Lunatic asylums in Bengal annual reports 1888-1898 - 1888-1898
Year: 1888
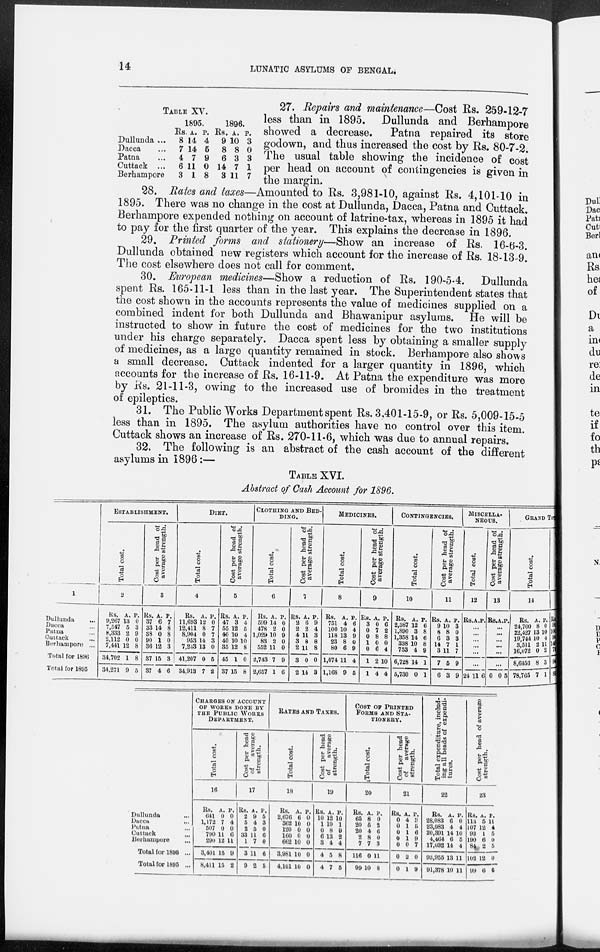
14
LUNATIC ASYLUMS OF BENGAL.
TABLE XV.
Dullunda ...
Dacca ...
Patna ...
Cuttack ...
Berhampore
1895.
Rs.
8
7
4
6
3
A.
14
14
7
11
1
P.
4
5
9
0
8
1896.
Rs.
9
8
6
14
3
A.
10
8
3
7
11
P.
3
0
3
1
7
27. Repairs and maintenance—Cost Rs. 259-12-7
less than in 1895. Dullunda and Berhampore
showed a decrease.
Patna repaired its store
godown, and thus increased the cost by Rs. 80-7-2.
The usual table showing the incidence of cost
per head on account of contingencies is given in
the margin.
28. Rates and taxes—Amounted to Rs. 3,981-10, against Rs. 4,101-10 in
1895. There was no change in the cost at Dullunda, Dacca, Patna and Cuttack.
Berhampore expended nothing on account of latrine-tax, whereas in 1895 it had
to pay for the first quarter of the year. This explains the decrease in 1896.
29. Printed forms and stationery —Show an increase of Rs. 16-6-3.
Dullunda obtained new registers which account for the increase of Rs. 18-13-9.
The cost elsewhere does not call for comment.
30. European medicines—Show a reduction of Rs. 190-5-4. Dullunda
spent Rs. 165-11-1 less than in the last year. The Superintendent states that
the cost shown in the accounts represents the value of medicines supplied on a
combined indent for both Dullunda and Bhawanipur asylums. He will be
instructed to show in future the cost of medicines for the two institutions
under his charge separately. Dacca spent less by obtaining a smaller supply
of medicines, as a large quantity remained in stock. Berhampore also shows
a small decrease. Cuttack indented for a larger quantity in 1896, which
accounts for the increase of Rs. 16-11-9. At Patna the expenditure was more
by Rs. 21-11-3, owing to the increased use of bromides in the treatment
of epileptics.
31. The Public Works Department spent Rs. 3,401-15-9, or Rs. 5,009-15-5
less than in 1895. The asylum authorities have no control over this item.
Cuttack shows an increase of Rs. 270-11-6, which was due to annual repairs.
32. The following is an abstract of the cash account of the different
asylums in 1896:—
TABLE XVI.
Abstract of Cash Account for 1896.
1
Dullunda
...
Dacca ...
Patna ...
Cuttack ...
Berharmpore ...
Total for 1896
Total for 1895
ESTABLISHMENT.
Total cost.
2
Rs.
9,267
7,547
8,333
2,112
7,441
34,702
34,271
A.
13
5
2
0
12
1
9
P.
0
3
9
0
8
8
5
Cost per head of
average strength.
3
Rs.
37
33
38
90
36
37
37
A.
6
14
0
1
12
15
4
P.
7
8
8
0
3
3
6
DIET.
Total cost.
4
Rs.
11,693
12,411
8,904
953
7,243
41,207
34,913
A.
12
8
0
14
13
0
7
P.
0
7
7
3
0
5
2
Cost per head of
average strength.
5
Rs.
47
55
40
40
35
45
37
A.
3
12
10
10
12
1
15
P.
4
5
4
10
8
0
8
CLOTHING AND BED-
----.
Total cost.
6
Rs.
599
478
1,029
83
552
2,743
2,657
A.
14
2
10
2
11
7
1
P.
0
0
9
0
0
9
6
Cost per head of
average strength.
7
Rs.
2
2
4
3
2
3
2
A.
6
2
11
8
11
0
14
P.
9
4
3
8
8
0
3
MEDICINES.
Total cost.
8
Rs.
751
100
118
23
80
1,074
1,168
A.
4
10
13
8
6
11
9
P.
6
4
9
0
9
4
5
Cost per head of
average strength.
9
Rs.
3
0
0
1
0
1
1
A.
0
7
8
0
6
2
4
P.
6
2
8
0
4
10
4
CONTINGENCIES.
Total cost.
10
Rs.
2,387
1,890
1,358
338
753
6,728
5,730
A.
12
3
14
10
4
14
0
P.
6
8
6
8
9
1
1
Cost per head of
average strength.
11
Rs.
9
8
6
14
3
7
6
A.
10
8
3
7
11
5
3
P.
3
0
3
1
7
9
9
MISCELLA-
NEOUS.
Total cost.
12
Rs. A. P.
...
...
...
...
...
...
24 11 6
Cost per head of
average strength.
13
Rs. A. P.
...
...
...
...
...
...
0 0 5
GRAND TO
Total cost.
14
Rs.
24,700
22,427
19,744
3,511
16,072
8,6456
78,765
A.
8
13
10
2
0
8
7
P.
0
10
4
11
2
3
1
Rs.
9
10
9
14
7
9
8
Dullunda ...
Dacca ...
Patna ...
Cuttack ...
Berhampore ...
Total for 1896 ...
Total for 1895 ...
CHARGES ON ACCOUNT
OF WORKS DONE BY
THE PUBLIC WORKS
DEPARTMENT.
Total cost.
16
Rs.
641
1,172
507
790
290
3,401
8,411
A.
0
7
0
11
12
15
15
P.
0
4
0
6
11
9
2
Cost per head
of
average
strength.
17
Rs.
2
5
2
33
1
3
9
A.
9
4
5
11
7
11
2
P.
5
3
0
6
0
6
5
RATES AND TAXES.
Total cost.
18
Rs.
2,676
362
120
160
662
3,981
4,101
A.
6
10
0
0
10
10
10
P.
0
0
0
0
0
0
0
Cost per head
of
average
strength.
19
Rs.
10
1
0
6
3
4
4
A.
12
10
8
13
4
5
7
P.
10
1
9
2
4
8
5
COST OF PRINTED
FORMS AND STA-
-------.
Total cost.
20
Rs.
65
20
20
2
7
116
99
A.
8
5
4
8
7
0
10
P.
0
2
6
0
3
11
8
Cost per head
of
average
strength.
21
Rs.
0
0
0
0
0
0
0
A.
4
1
1
1
0
2
1
P.
3
5
6
9
7
0
9
Total expenditure, includ-
ing all heads of expendi-
tures.
22
Rs.
28,083
23,983
20,391
4,464
17,032
93,955
91,378
A.
6
4
14
6
14
13
10
P.
0
4
10
5
4
11
11
Cost per head of average
strength.
23
Rs.
113
107
93
190
84
102
99
A.
5
12
1
6
2
12
6
P.
11
4
5
0
5
0
6